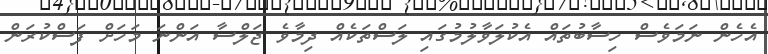
އެހެން ނަމަވެސް ހިސާބުތައް އެކުލަވާލުމުގައި ލަސްތަކެއް ދިމާވެ ޖަލްސާ އަންނަ މަހަށް ފަސްކުރަން